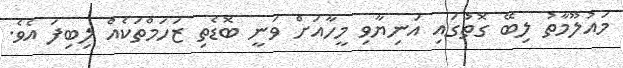
މައުލޫމާތު ލިބޭ ގޮތުގައި އަނިޔާވި މީހާއަށް ވަނީ ބޮޑެތި ޒަހަމްތަކެއް ލިބިފަ އެވެ.